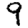
Digit: 9